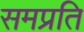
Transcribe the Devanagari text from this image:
समप्रति